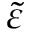
\tilde { \varepsilon }